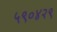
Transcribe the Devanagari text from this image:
५९०४२९